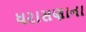
ધરાસણાના